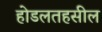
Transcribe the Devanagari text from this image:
होडलतहसील